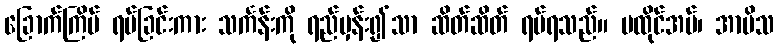
ခြောက်ကြိမ် ရပ်ခြင်းကား သင်္ကန်းကို ရည်မှန်း၍သာ ဆိတ်ဆိတ် ရပ်ရသည်။ မထိုင်အပ်၊ အာမိသ